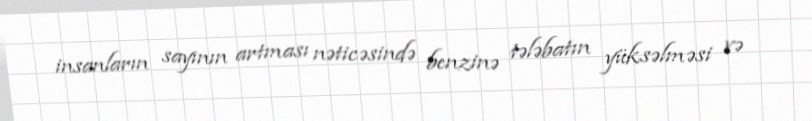
insanların sayının artması nəticəsində benzinə tələbatın yüksəlməsi və